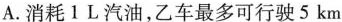
A.消耗1L汽油，乙车最多可行驶5km